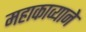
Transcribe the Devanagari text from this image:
महाकाव्याने